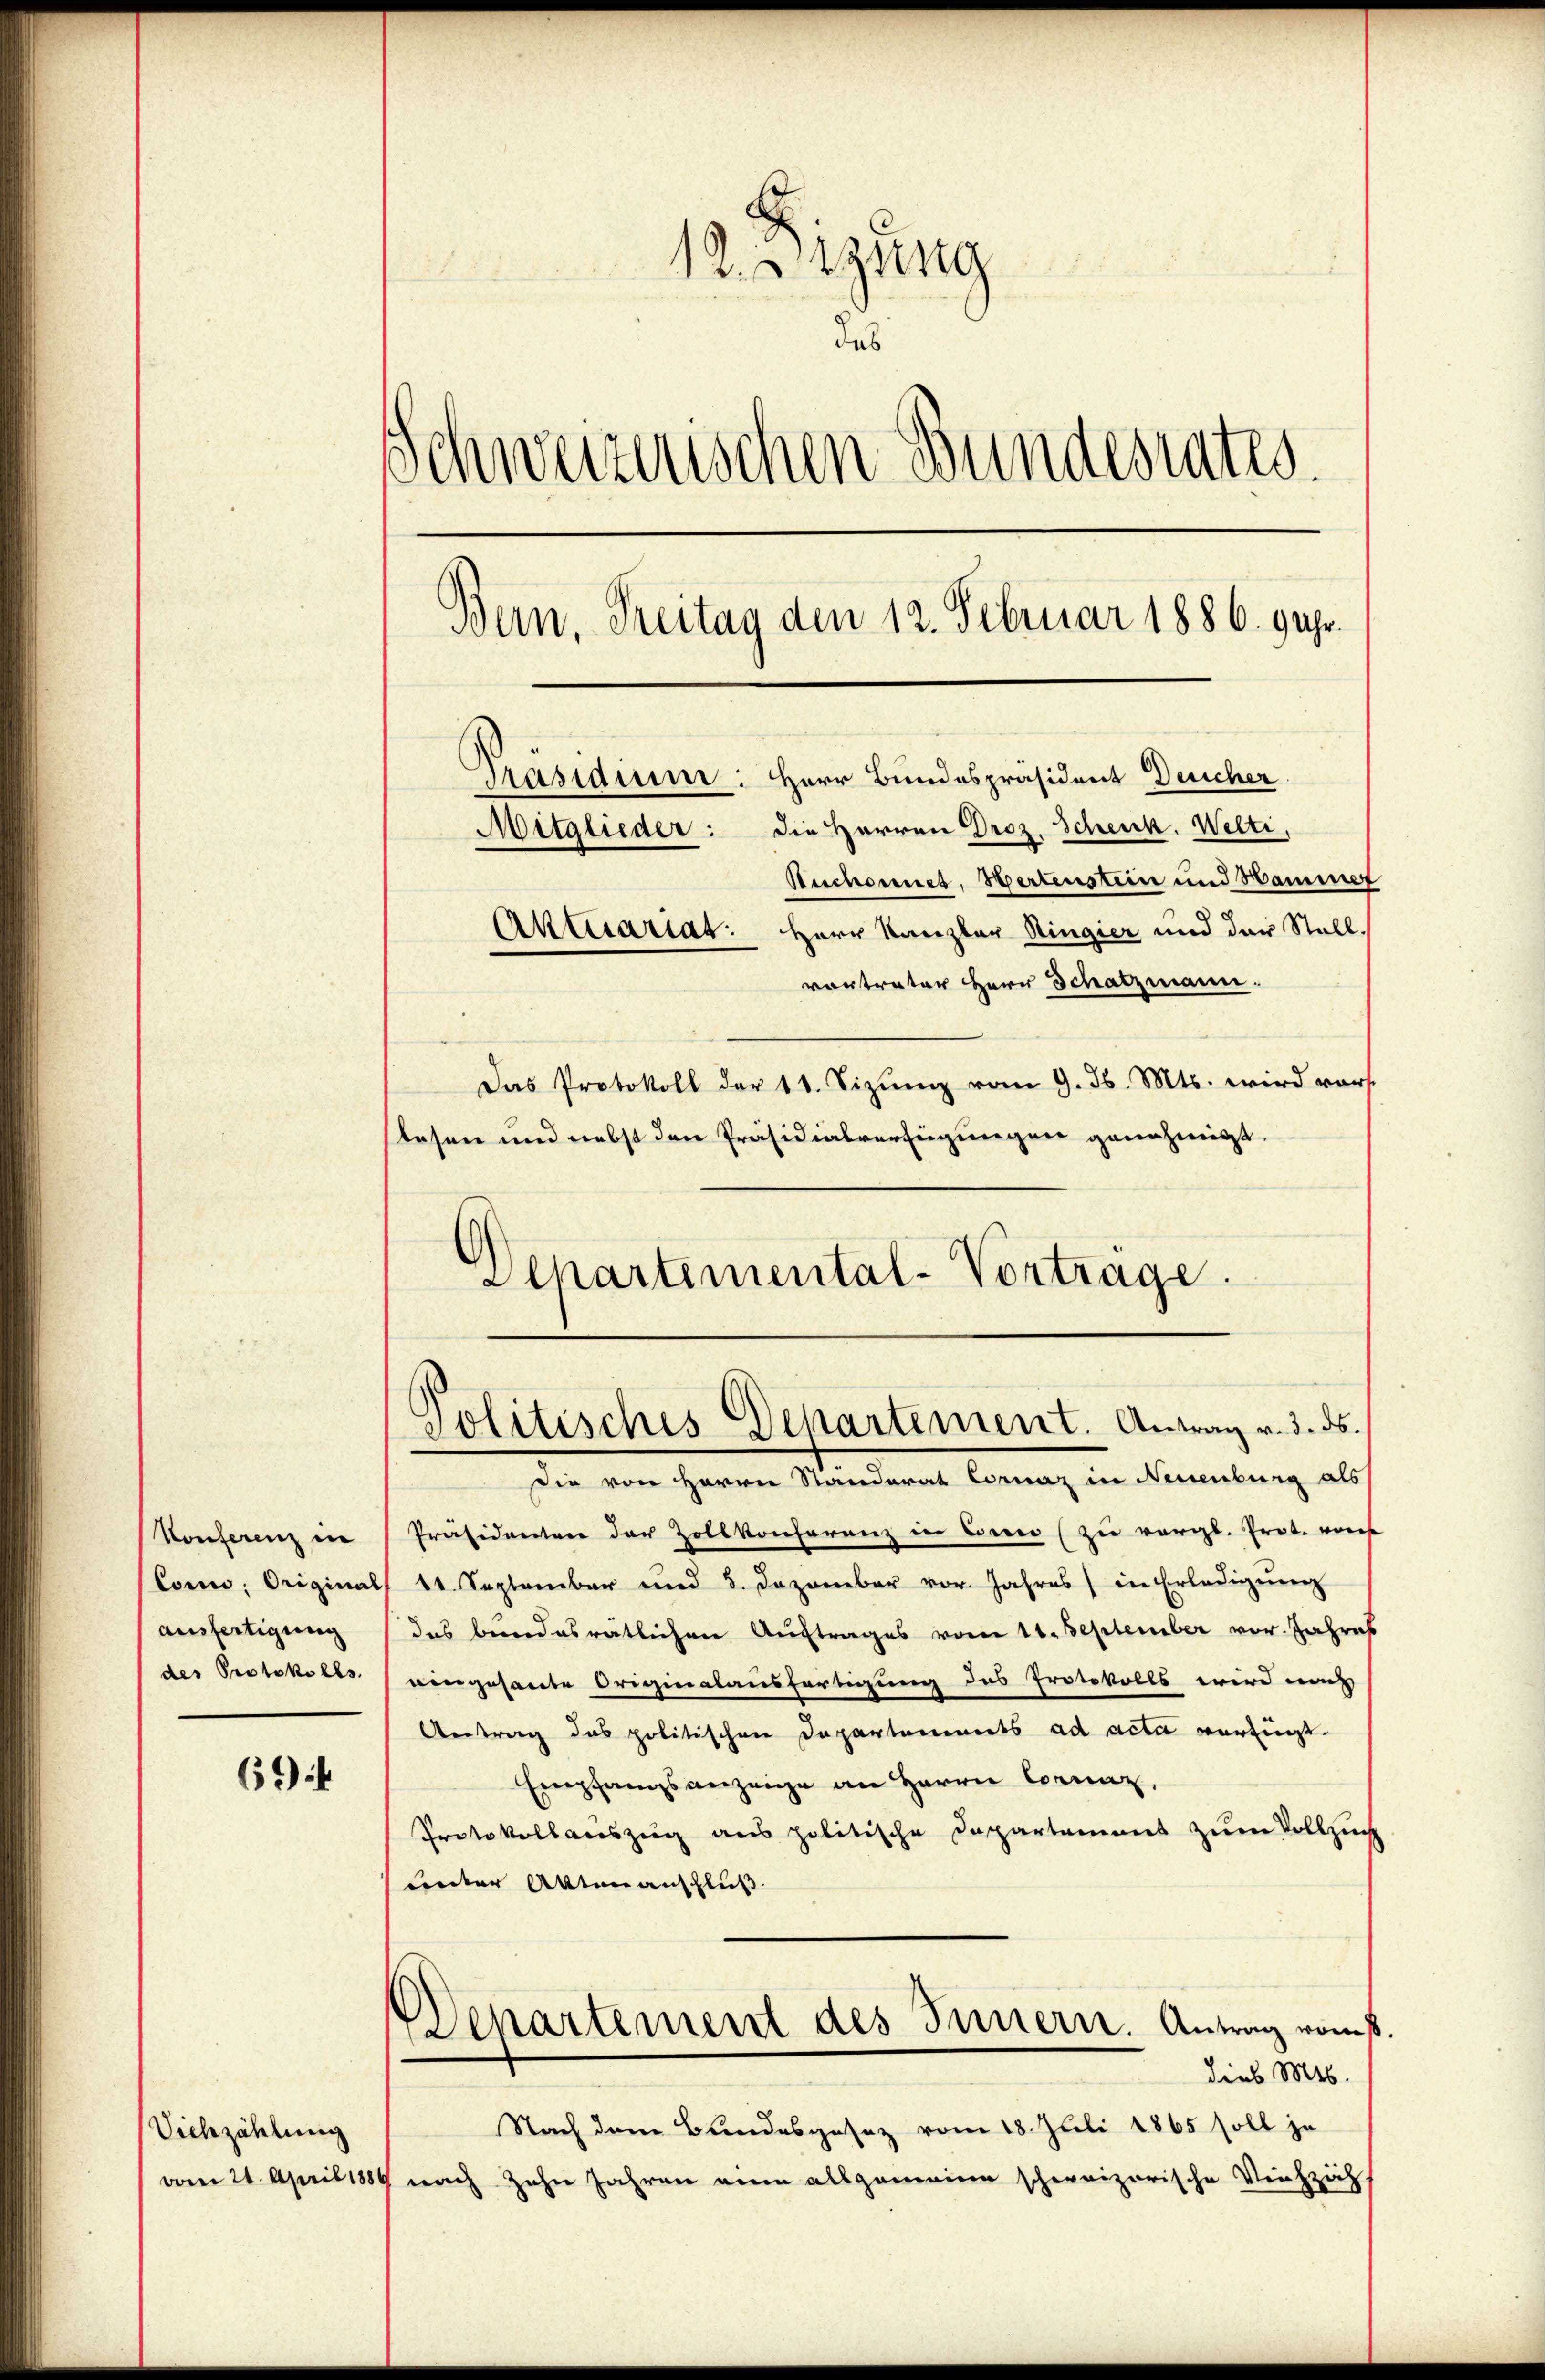
Konferenz in
Con; Originas
ausfertigung
des Protokolls.

694

Viehzählung
vom 24. April 1881

12. Btzung
das
Schweizerischen Bundesrates.
Bern, Freitag den 12. Februar 1886. 9 Uhr.
Präsiden: Herr Bundespräsident Deicher
Mitglieder: die Herren Droz. Scheuck. Welti,
Ruchonnet, Hertenstein und Hammer
Aktuariat. Herr Kanzler Ringier und der Stall.
vortreter Herr Schatzmann.
Das Protokoll der 11. Sizŭng vom 9. d. Mts. wird vors
slesen und nebst den Präsidialverfügungen genehmigt.

Die von Herrn Standerat Coraz in Neuenburg als
Präsidenten der Zollkonferenz in Eević zu vergl. Prot. von
 11. September und 3. Dezember vor. Jahres in Erledigŭng
das bundesrätlichen Auftrages vom 11. September vor. Jahres
vingesante Originalausfertigung des Protokolls wird nach
Antrag das politischen Departements ad acta verfügt.
Empfangsanzeige an Herrn Coraz
Protokollauszug aus politische Departement zum Vollzuc
Lnter Akten anschluß
Departement des Innern. Antrag vom
dies M
Nach dem Bundesgesez vom 18. Juli 1865 soll je
7 nach zehn Jahren eine allgemeine schweizerische Viehzäh,

Departemental-Vortrage.

Politisches Departement. Antrag v. 3. ds.